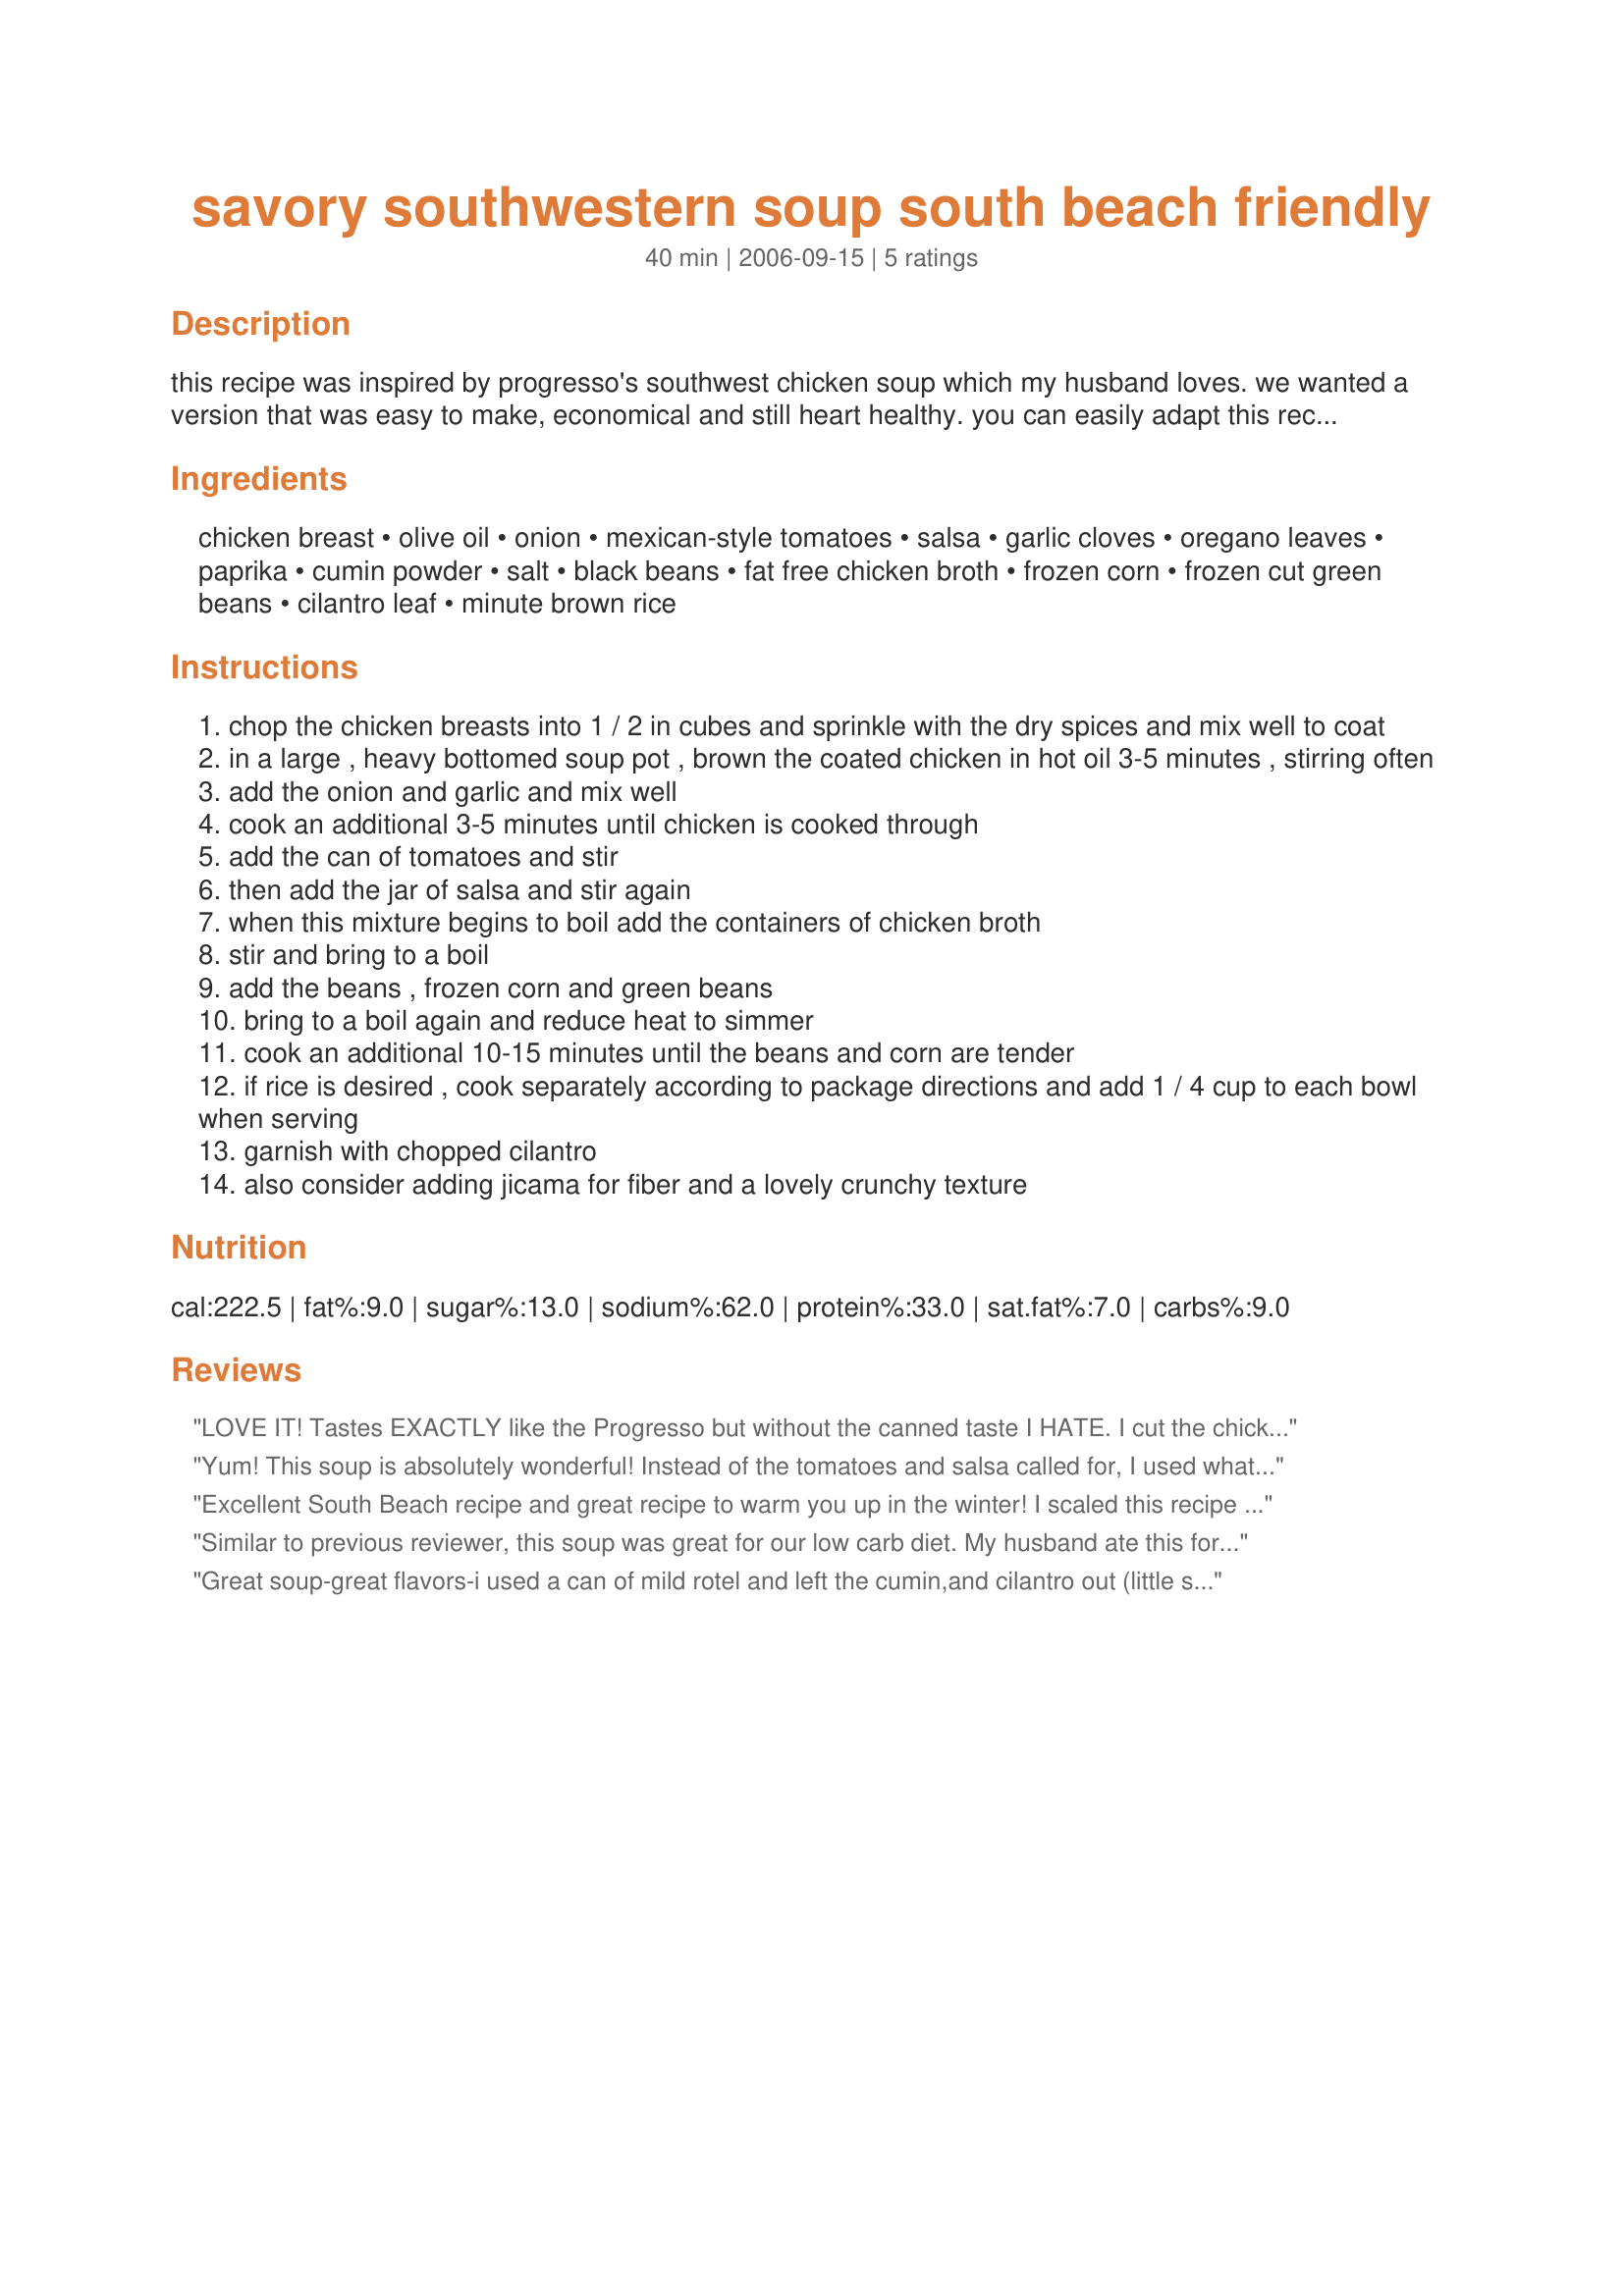
savory southwestern soup south beach friendly
Preparation time: 40 minutes

this recipe was inspired by progresso's southwest chicken soup which my husband loves. we wanted a version that was easy to make, economical and still heart healthy. you can easily adapt this recipe to your own tastes, if you're not on a low sodium, low fat diet (like we are) try it with chicken thighs for added flavor! the healthy version uses no salt beans, tomatoes, & chicken broth, chicken breasts and low sodium salt. you can also easily make this recipe in a crockpot. to make it "south beach diet" friendly just omit the corn and rice for phase 1. manja guilt free!

Ingredients:
chicken breast, olive oil, onion, mexican-style tomatoes, salsa, garlic cloves, oregano leaves, paprika, cumin powder, salt, black beans, fat free chicken broth, frozen corn, frozen cut green beans, cilantro leaf, minute brown rice

Steps:
chop the chicken breasts into 1 / 2 in cubes and sprinkle with the dry spices and mix well to coat
in a large , heavy bottomed soup pot , brown the coated chicken in hot oil 3-5 minutes , stirring often
add the onion and garlic and mix well
cook an additional 3-5 minutes until chicken is cooked through
add the can of tomatoes and stir
then add the jar of salsa and stir again
when this mixture begins to boil add the containers of chicken broth
stir and bring to a boil
add the beans , frozen corn and green beans
bring to a boil again and reduce heat to simmer
cook an additional 10-15 minutes until the beans and corn are tender
if rice is desired , cook separately according to package directions and add 1 / 4 cup to each bowl when serving
garnish with chopped cilantro
also consider adding jicama for fiber and a lovely crunchy texture

Reviews:
LOVE IT! Tastes EXACTLY like the Progresso but without the canned taste I HATE. I cut the chicken breasts to one half pound, skipped the onion (my chili had plenty), skipped the cilantro, and skipped the rice. It's REALLY GOOD!! I made the recipe as prepared and froze 11 servings of appx 1 cup each. VERY Weight Watchers friendly! Thanks for sharing!
Yum! This soup is absolutely wonderful! Instead of the tomatoes and salsa called for, I used what was in my pantry, 2 10-oz. cans of Mexican Rotel and a 16 oz. jar of salsa. Also added cooked brown rice at serving instead of Minute Rice. Cooking the chicken with spices adds so much flavor. I make a lot of soup, and will definitely make this one again! Thanks for sharing your recipe!
Excellent South Beach recipe and great recipe to warm you up in the winter! I scaled this recipe for two and used leftover turkey so I just added everything to the pot and let it simmer. I left out the oil, corn and rice and subbed green pepper for the green beans. I'll definitely be making this again, thanks for posting.
Similar to previous reviewer, this soup was great for our low carb diet. My husband ate this for a whole week! Very hearty and economical.
Great soup-great flavors-i used a can of mild rotel and left the cumin,and cilantro out (little strong for my taste),soup was delicious,thanks for posting.I give this 5 stars and it deserves more,i am diabetic and found it very carb friendly.
